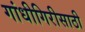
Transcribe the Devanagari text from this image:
गांधीगिरीसाठी